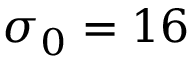
\sigma _ { 0 } = 1 6